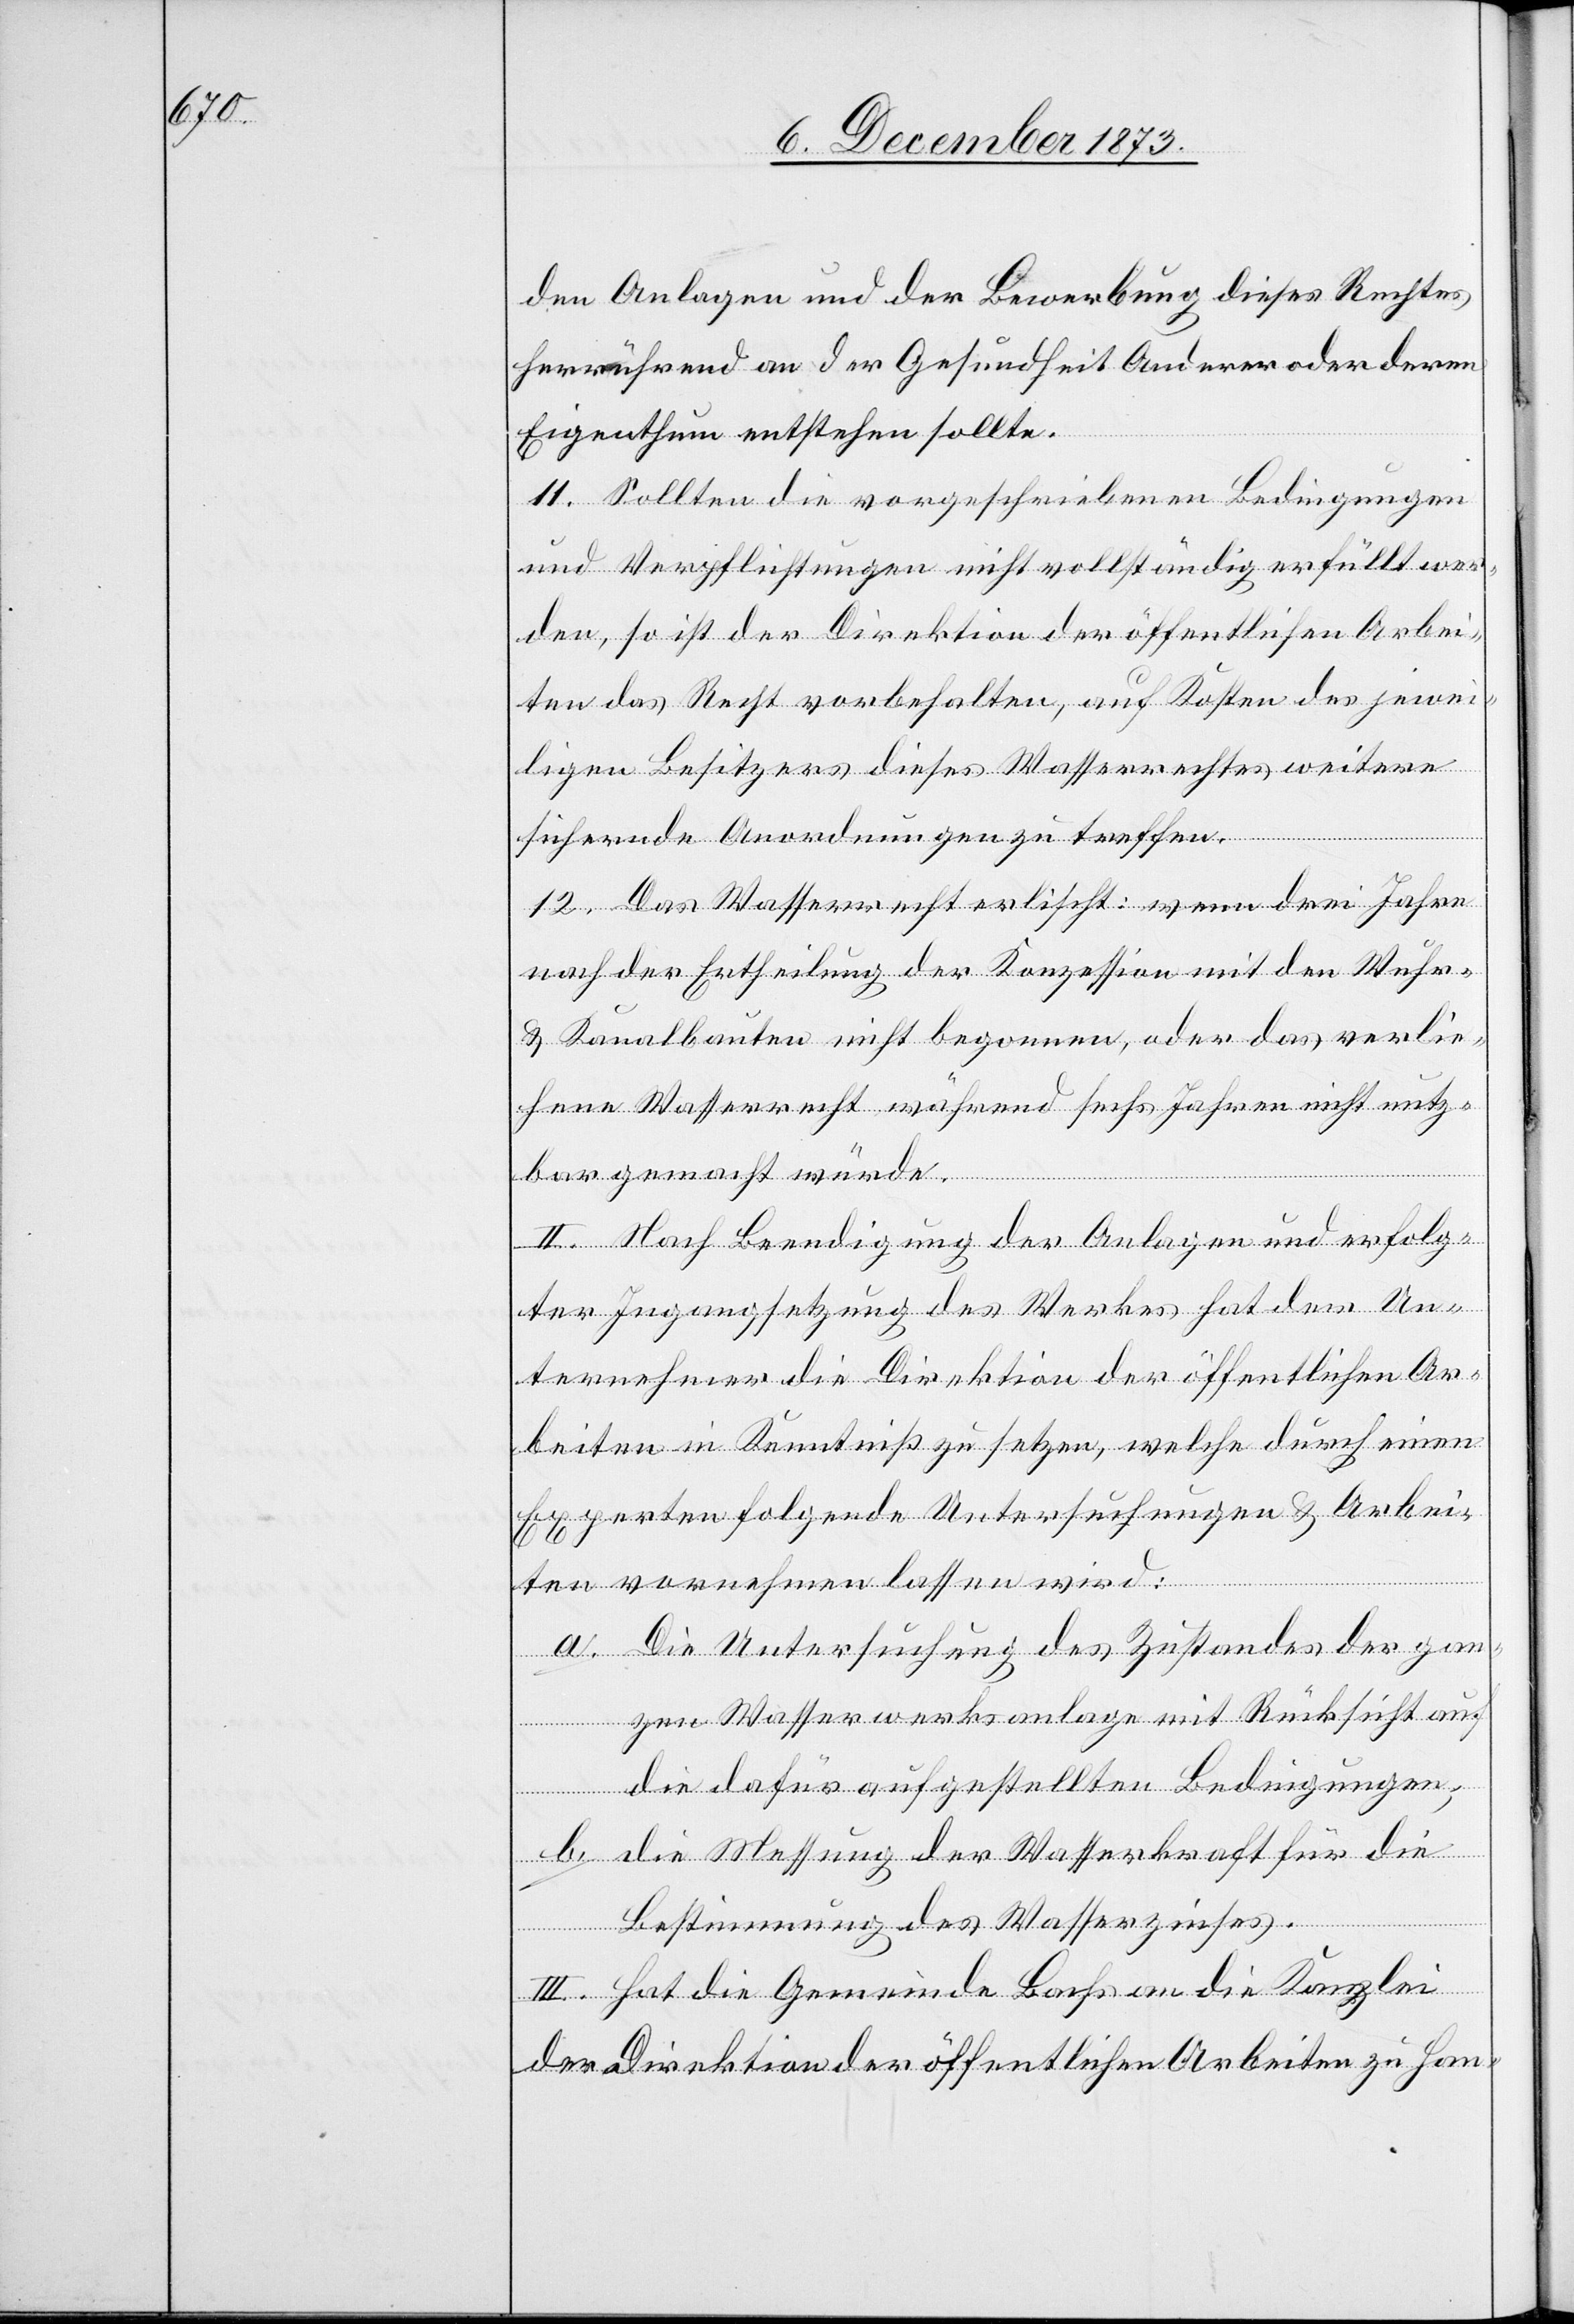
den Anlagen und der Bewerbung dieses Rechtes
herrührend an der Gesundheit Anderer oder deren
Eigenthum entstehen sollte.
11. Sollten die vorgeschriebenen Bedingungen
und Verpflichtungen nicht vollständig erfüllt wer¬
den, so ist der Direktion der öffentlichen Arbei¬
ten das Recht vorbehalten, auf Kosten des jewei¬
ligen Besitzers dieses Wasserrechtes weitere
sichernde Anordnungen zu treffen.
12. Das Wasserrecht erlischt: wenn drei Jahre
nach der Ertheilung der Konzession mit den Wuhr-
& Kanalbauten nicht begonnen, oder das verlie¬
hene Wasserrecht während sechs Jahren nicht nutz¬
bar gemacht würde.
II. Nach Beendigung der Anlagen und erfolg¬
ter Ingangsetzung des Werkes hat der Un¬
ternehmer die Direktion der öffentlichen Ar¬
beiten in Kenntniß zu setzen, welche durch einen
Experten folgende Untersuchungen & Arbei¬
ten vornehmen lassen wird:
a. Die Untersuchung des Zustandes der gan¬
zen Wasserwerksanlage mit Rücksicht auf
die dafür aufgestellten Bedingungen;
b. die Messung der Wasserkraft für die
Bestimmung des Wasserzinses.
III. Hat die Gemeinde Bachs an die Kanzlei
der Direktion der öffentlichen Arbeiten zu Han-